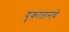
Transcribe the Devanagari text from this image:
युकातानचे